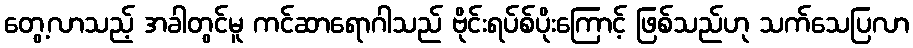
တွေ့လာသည့် အခါတွင်မူ ကင်ဆာရောဂါသည် ဗိုင်းရပ်စ်ပိုးကြောင့် ဖြစ်သည်ဟု သက်သေပြလာ